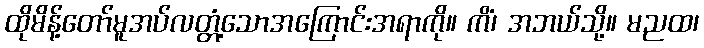
ထိုမိန့်တော်မူအပ်လတ္တံ့သောအကြောင်းအရာကို။ ကိံ၊ အဘယ်သို့။ မညထ၊